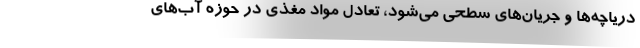
دریاچه‌ها و جریان‌های سطحی می‌شود، تعادل مواد مغذی در حوزه‌ آب‌های